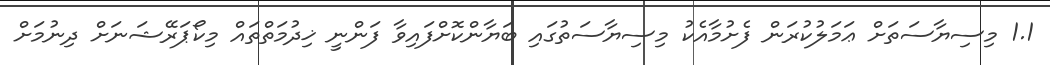
1.1 މިސިޔާސަތަށް ޢަމަލުކުރަން ފެށުމާއެކު މިސިޔާސަތުގައި ބަޔާންކޮށްފައިވާ ފަންނީ ޚިދުމަތްތައް މިކޯޕަރޭޝަނަށް ދިނުމަށް